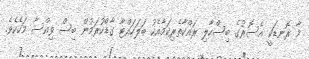
މާ ރޮނޑަކީ އެސޮރުގެ ބިސްހާލި ރައްކާތެރިކަމާއެކު ބަލަހައްޓާ ގާޑްކުރަމުން ބިސް ވިއްސާ މަހެކެވެ.